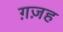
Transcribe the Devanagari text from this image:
ग़ज़ह